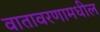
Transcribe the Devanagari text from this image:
वातावरणामधील